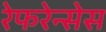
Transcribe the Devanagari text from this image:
रेफरेन्सेस